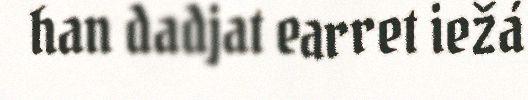
han dadjat earret iežá